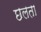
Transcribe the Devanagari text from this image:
छलता